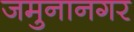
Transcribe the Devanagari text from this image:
जमुनानगर